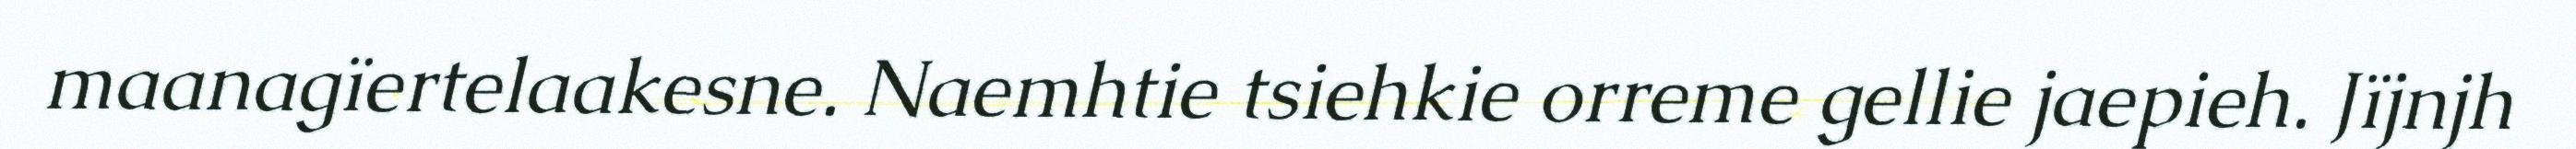
maanagïertelaakesne. Naemhtie tsiehkie orreme gellie jaepieh. Jïjnjh